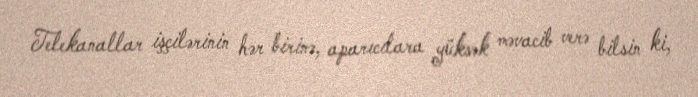
Telekanallar işçilərinin hər birinə, aparıcılara yüksək məvacib verə bilsin ki,